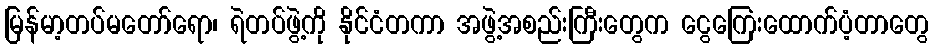
မြန်မာ့တပ်မတော်ရော၊ ရဲတပ်ဖွဲ့ကို နိုင်ငံတကာ အဖွဲ့အစည်းကြီးတွေက ငွေကြေးထောက်ပံ့တာတွေ